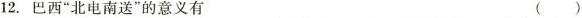
12.巴西”北电南送”的意义有 ( )